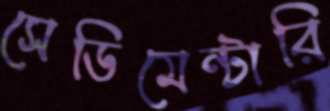
সেডিমেন্টারি